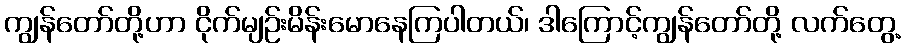
ကျွန်တော်တို့ဟာ ငိုက်မျဉ်းမိန်းမောနေကြပါတယ်၊ ဒါကြောင့်ကျွန်တော်တို့ လက်တွေ့